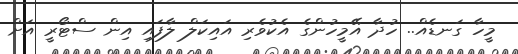
މީހާ ގަނޑެއް.. ހުދާ އޭމީހުންގެ އެކުވެރި އައިކަލް ލާފައި އިން ސްޓޯރީ އަށް